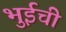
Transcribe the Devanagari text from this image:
भुईची